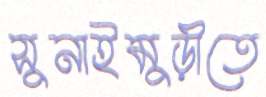
সুনাইমুড়ীতে